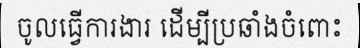
ចូលធ្វើការងារ ដើម្បីប្រឆាំងចំពោះ